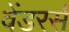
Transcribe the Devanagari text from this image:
वेंडरर्स